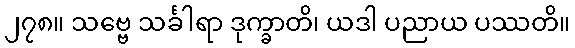
၂၇၈။ သဗ္ဗေ သင်္ခါရာ ဒုက္ခာတိ၊ ယဒါ ပညာယ ပဿတိ။